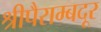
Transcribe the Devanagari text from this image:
श्रीपैराम्बदूर